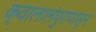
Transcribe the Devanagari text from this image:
क्वालालंपुरापासून